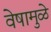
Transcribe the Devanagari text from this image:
वेषामुळे